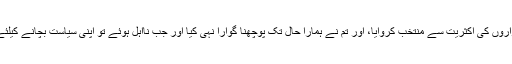
ایسے نہی چلے گا ، ہم نے تم کو ہزاروں کی اکثریت سے منتخب کروایا، اور تم نے ہمارا حال تک پوچھنا گوارا نہی کیا اور جب نااہل ہوئے تو اپنی سیاست بچانے کیلئے اپنے جوان سالا بیٹے کو لے آئے۔